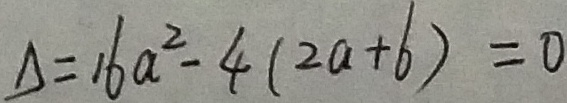
\Delta = 1 6 a ^ { 2 } - 4 ( 2 a - 6 ) = 0